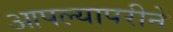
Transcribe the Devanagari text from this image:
आपल्यापरीने